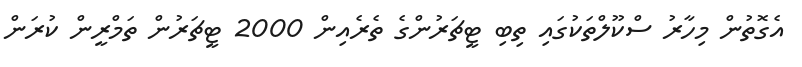
އެގޮތުން މިހާރު ސްކޫލްތަކުގައި ތިބި ޓީޗަރުންގެ ތެރެއިން 2000 ޓީޗަރުން ތަމްރީން ކުރަން